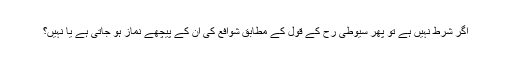
اگر شرط نہیں ہے تو پھر سیوطی رح کے قول کے مطابق شوافع کی ان کے پیچھے نماز ہو جاتی ہے یا نہیں؟